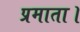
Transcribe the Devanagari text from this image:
प्रमाता।